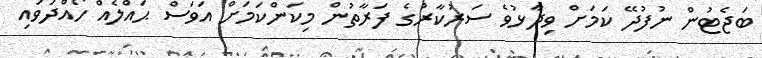
ބަޖެޓުން ނުފުދޭ ކަމަށް ވިދާޅުވެ ސަރުކާރުގެ ފަރާތުން މިކަންކަމަށް އަވަސް ޙައްލެއް ހޯއްދަވައި